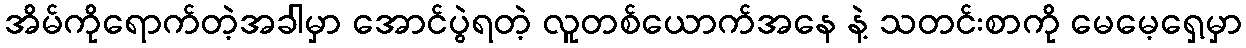
အိမ်ကိုရောက်တဲ့အခါမှာ အောင်ပွဲရတဲ့ လူတစ်ယောက်အနေ နဲ့ သတင်းစာကို မေမေ့ရှေ့မှာ